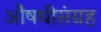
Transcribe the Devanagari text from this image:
औषधीसंग्रह